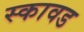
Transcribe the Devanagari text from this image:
स्कावड